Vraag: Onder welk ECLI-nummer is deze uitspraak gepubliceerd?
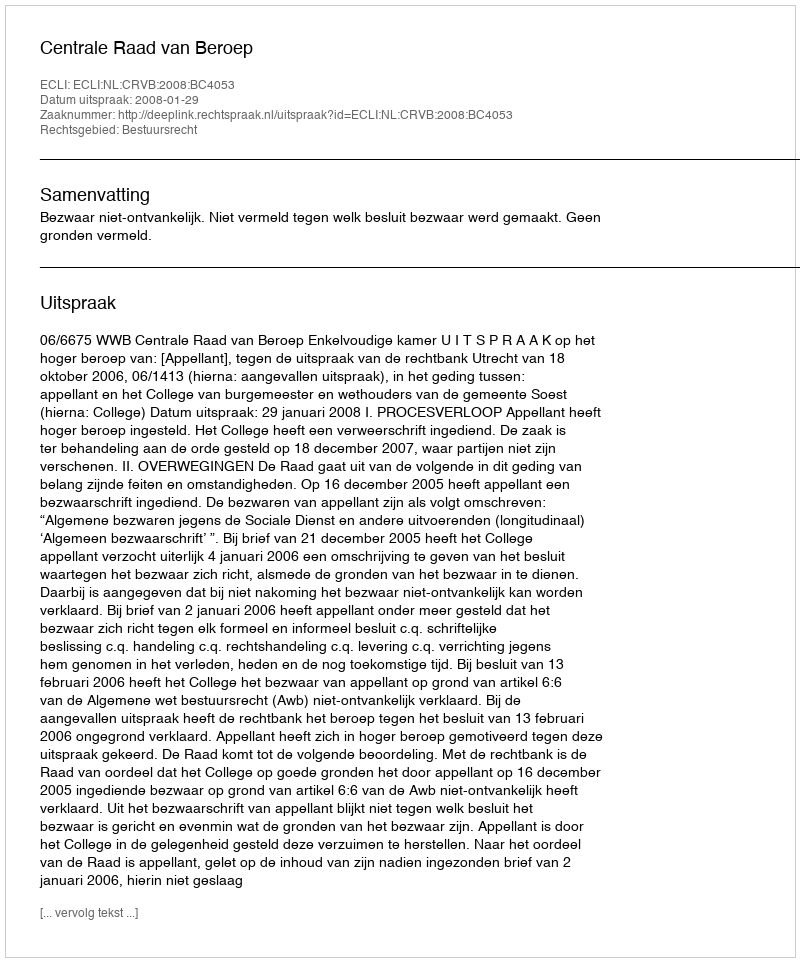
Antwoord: ECLI:NL:CRVB:2008:BC4053